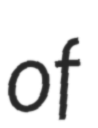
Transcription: of